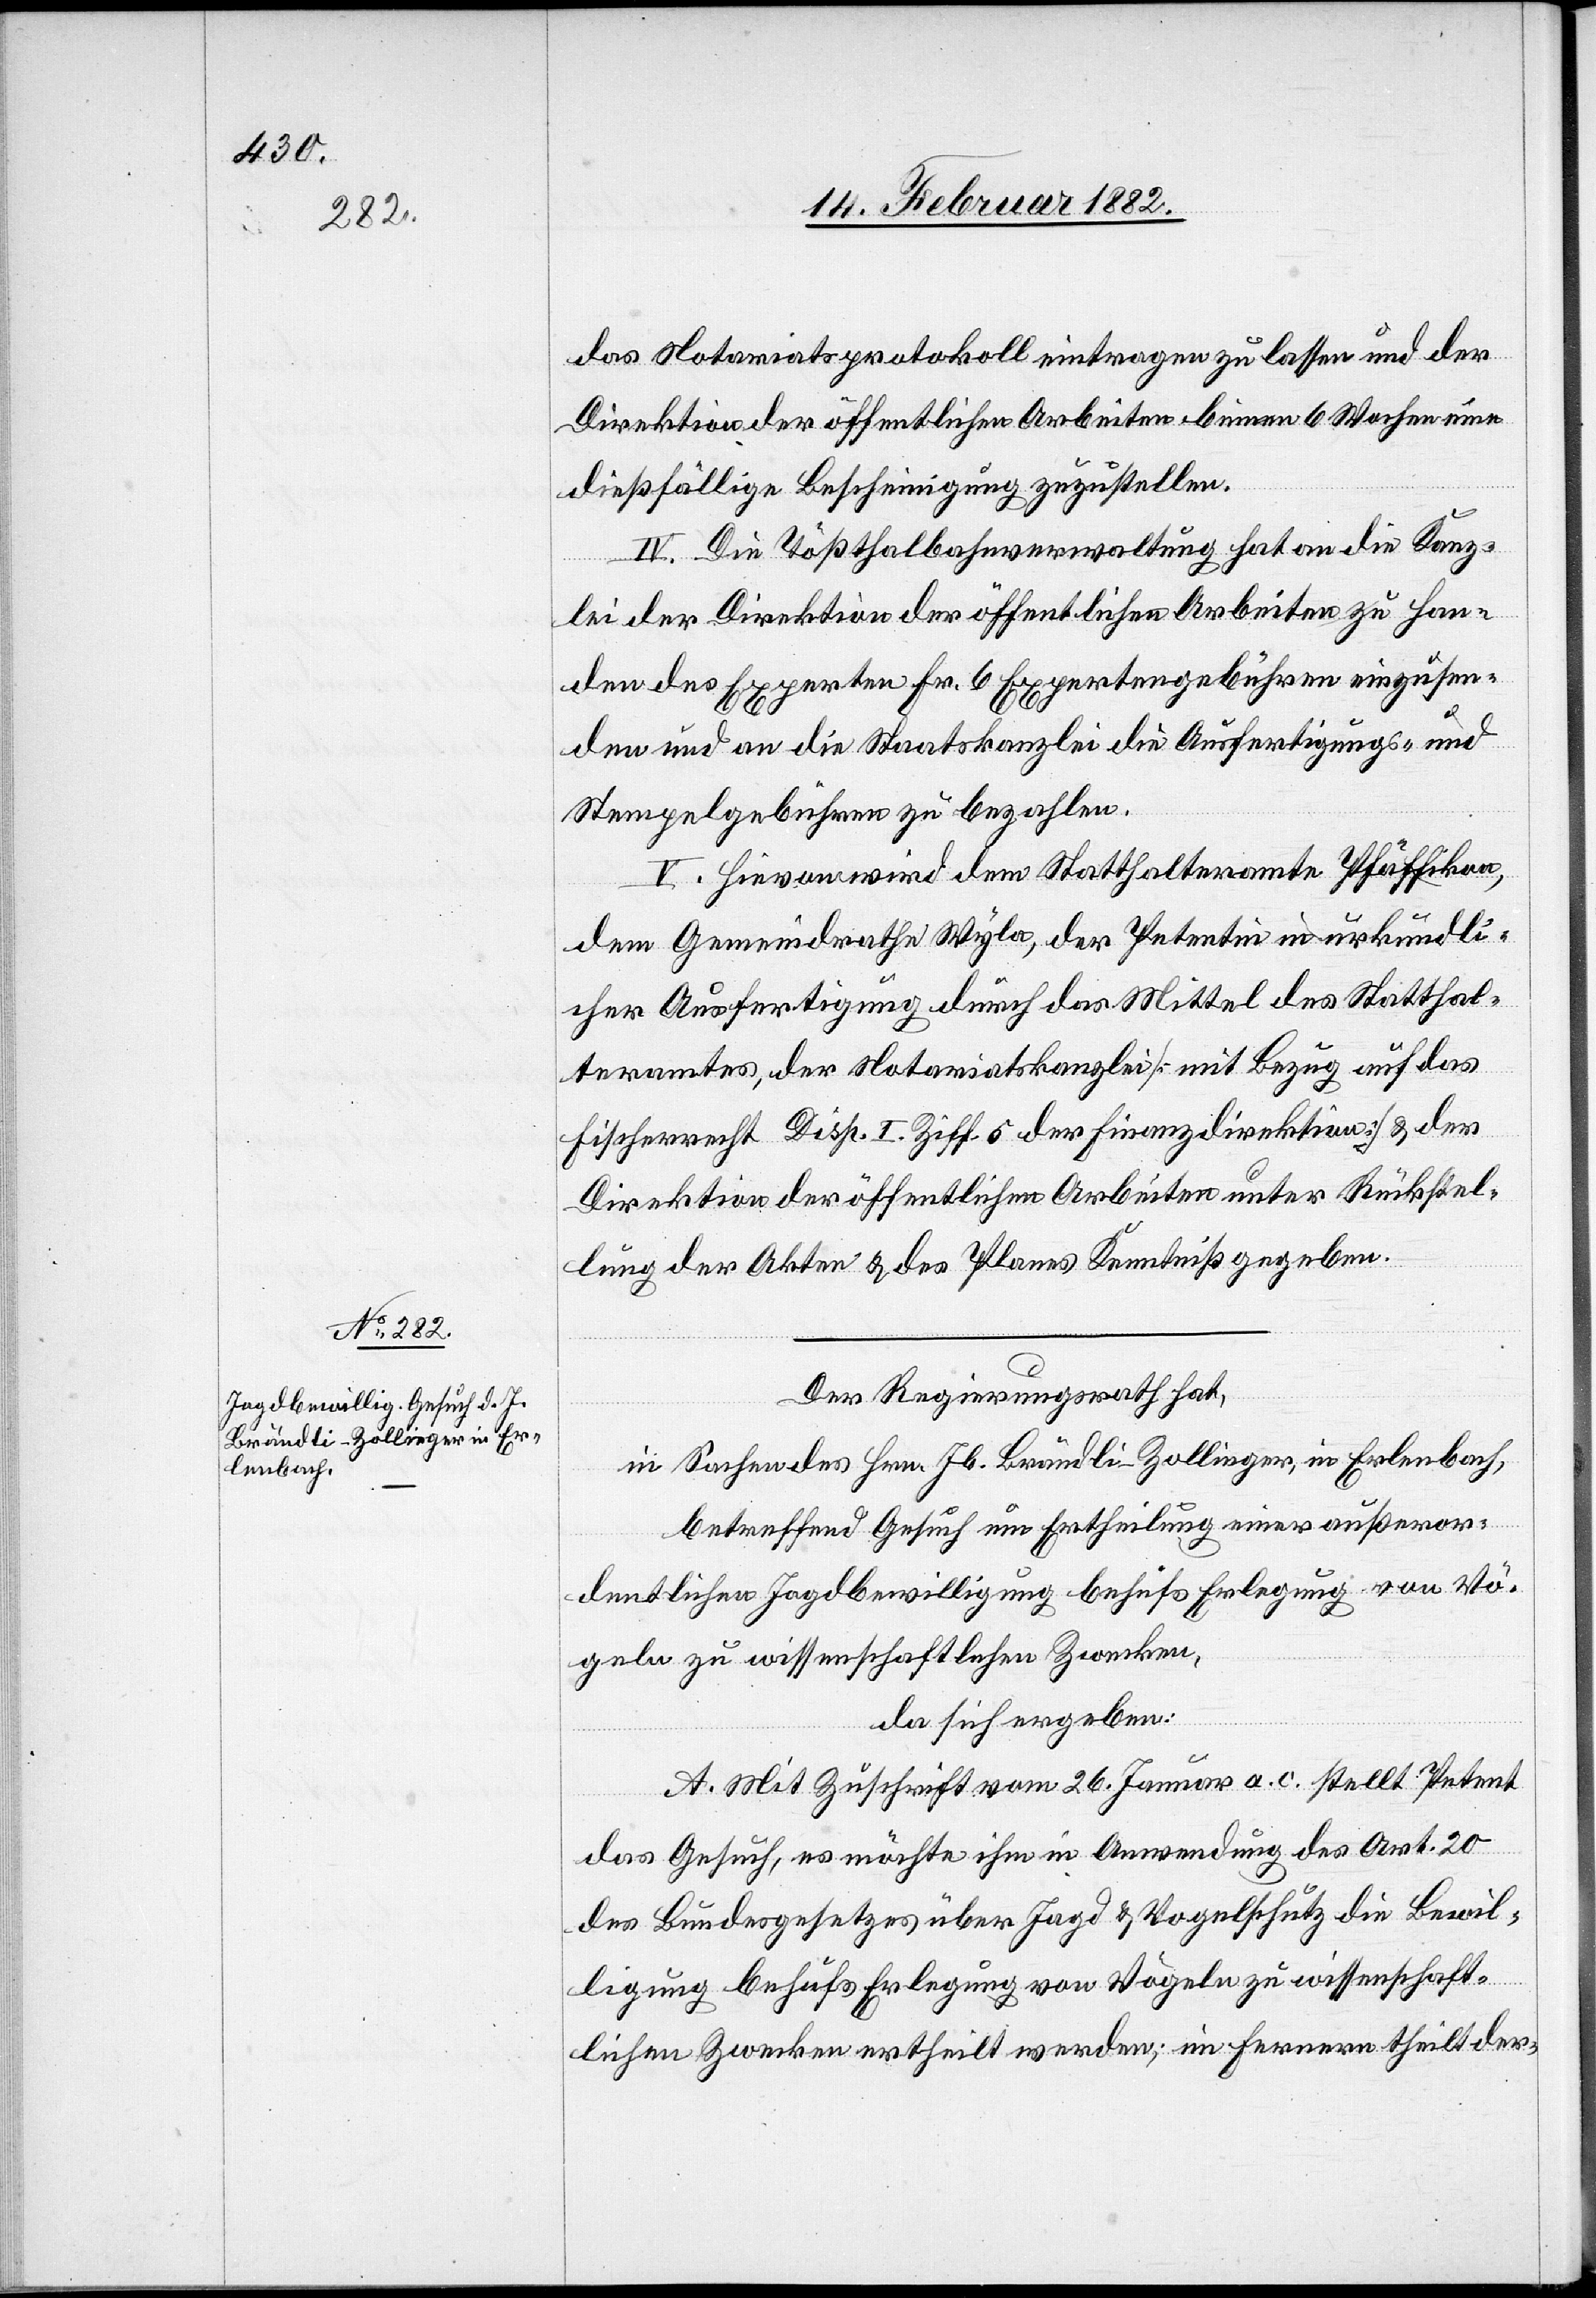
das Notariatsprotokoll eintragen zu lassen und der
Direktion der öffentlichen Arbeiten binnen 6 Wochen eine
dießfällige Bescheinigung zuzustellen.
IV. Die Tößthalbahnverwaltung hat an die Kanz¬
lei der Direktion der öffentlichen Arbeiten zu Han¬
den des Experten Fr. 6 Expertengebühr einzusen¬
den und an die Staatskanzlei die Ausfertigungs- und
Stempelgebühren zu bezahlen.
V. Hievon wird dem Statthalteramte Pfäffikon,
dem Gemeindrathe Wyla, der Petentin in urkundli¬
cher Ausfertigung durch das Mittel des Statthal¬
teramtes, der Notariatskanzlei [mit Bezug auf das
Fischerrecht Disp. Ziff. 5 der Finanzdirektion] & der
Direktion der öffentlichen Arbeiten unter Rückstel¬
lung der Akten & des Planes Kenntniß gegeben.
Der Regierungsrath hat,
in Sachen des Hrn. Jb. Brändli - Zollinger, in Erlenbach,
betreffend Gesuch um Ertheilung einer außeror¬
dentlichen Jagdbewilligung behufs Erlegung von Vö¬
geln zu wissenschaftlichen Zwecken,
da sich ergeben:
A. Mit Zuschrift vom 26. Januar a. c stellt Petent
das Gesuch, es möchte ihm in Anwendung des Art. 20
des Bundesgesetzes über Jagd & Vogelschutz die Bewil¬
ligung behufs Erlegung von Vögeln zu wissenschaft¬
lichen Zwecken ertheilt werden; im ferneren theilt der-